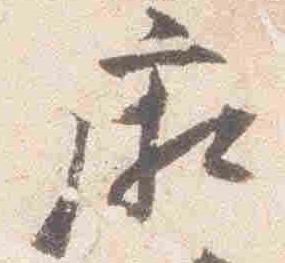
廂